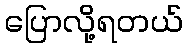
ပြောလို့ရတယ်